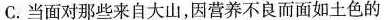
C.当面对那些来自大山，因营养不良而面如土色的